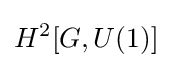
H^{2}[G,U(1)]